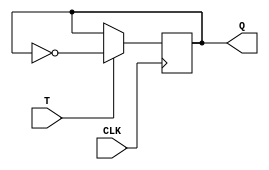
module t_flip_flop(
    input T,
    input CLK,
    output reg Q
);

always @(posedge CLK)
begin
    if (T)
        Q <= ~Q;
end

endmodule